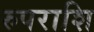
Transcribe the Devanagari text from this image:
रुपराशि